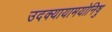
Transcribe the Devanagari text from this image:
उदक्यायामयोनिषु